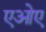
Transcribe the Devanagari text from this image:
एओए